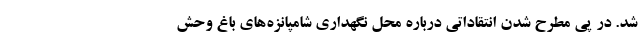
شد. در پی مطرح شدن انتقاداتی درباره محل نگهداری شامپانزه‌های باغ وحش